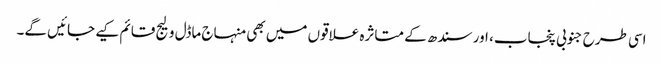
اسی طرح جنوبی پنجاب، اور سندھ کے متاثرہ علاقوں میں بھی منہاج ماڈل ولیج قائم کیے جائیں گے۔